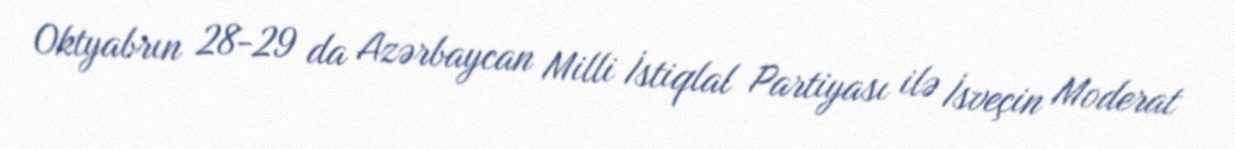
Oktyabrın 28-29 da Azərbaycan Milli İstiqlal Partiyası ilə İsveçin Moderat